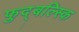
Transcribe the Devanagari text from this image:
फुद्बल्स्कि